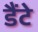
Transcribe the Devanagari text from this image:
डैंटे